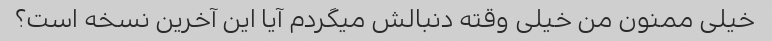
خیلی ممنون من خیلی وقته دنبالش میگردم آیا این آخرین نسخه است؟